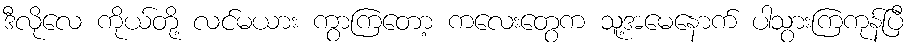
ဒီလိုလေ ကိုယ်တို့ လင်မယား ကွာကြတော့ ကလေးတွေက သူ့အမေနောက် ပါသွားကြကုန်ပြီ